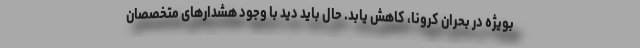
بویژه در بحران کرونا، کاهش یابد. حال باید دید با وجود هشدارهای متخصصان